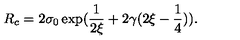
R _ { c } = 2 \sigma _ { 0 } \exp ( \frac { 1 } { 2 \xi } + 2 \gamma ( 2 \xi - \frac { 1 } { 4 } ) ) .